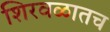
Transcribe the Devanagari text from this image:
शिरवळातच